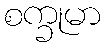
စက္ခုမာ